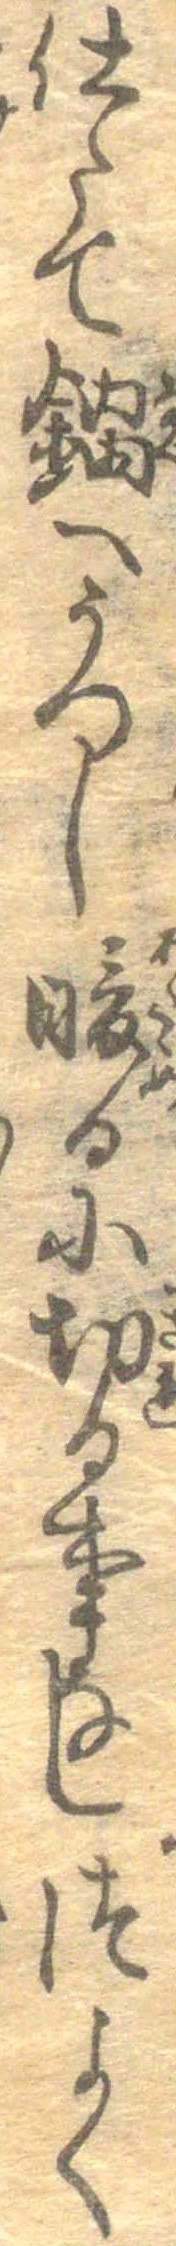
仕たて鍋へうつし暖るに切る事なしつよく